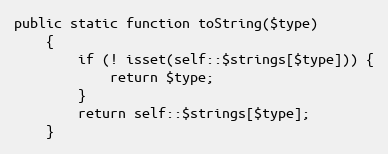
Language: PHP
public static function toString($type)
    {
        if (! isset(self::$strings[$type])) {
            return $type;
        }
        return self::$strings[$type];
    }